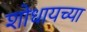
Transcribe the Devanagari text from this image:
शोधायच्या